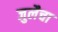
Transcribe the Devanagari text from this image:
जुलैचा